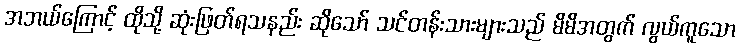
အဘယ်ကြောင့် ထိုသို့ ဆုံးဖြတ်ရသနည်း ဆိုသော် သင်တန်းသားများသည် မိမိအတွက် လွယ်ကူသော